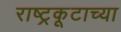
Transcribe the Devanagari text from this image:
राष्ट्रकूटाच्या